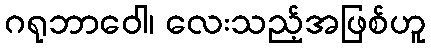
ဂရုဘာဝေါ၊ လေးသည့်အဖြစ်ဟူ